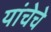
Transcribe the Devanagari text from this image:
यांचेचे